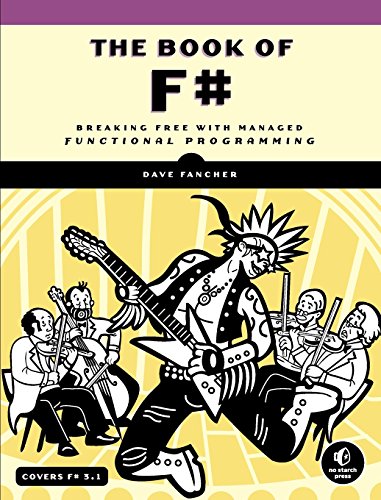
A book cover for The Book of F#: Breaking Free with Managed Functional Programming; Dave Fancher; Computers & Technology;